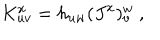
LaTeX: K _ { u v } ^ { x } = h _ { u w } ( J ^ { x } ) _ { v } ^ { w } \ ,